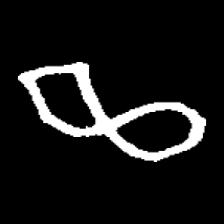
Pyu character \u2014 Myanmar letter: ဆ (romanized: cha)